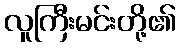
လူကြီးမင်းတို့၏